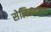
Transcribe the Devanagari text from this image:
सेलिसटाइन